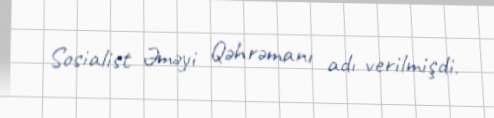
Sosialist Əməyi Qəhrəmanı adı verilmişdi.